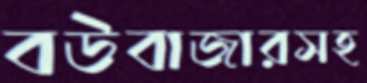
বউবাজারসহ